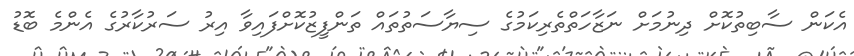
އެކަން ސާބިތުކޮށް ދިނުމަށް ނަޒާހަތްތެރިކަމުގެ ސިޔާސަތުތައް ތަންފީޒުކޮށްފައިވާ އިރު ސަރުކާރުގެ އެންމެ ބޮޑު